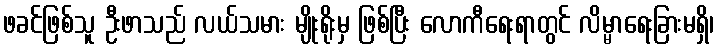
ဖခင်ဖြစ်သူ ဦးဖာသည် လယ်သမား မျိုးရိုးမှ ဖြစ်ပြီး လောကီရေးရာတွင် လိမ္မာရေးခြားမရှိ၊